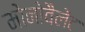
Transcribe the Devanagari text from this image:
मोनोवैलेंट